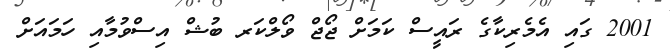
2001 ގައި އެމެރިކާގެ ރައީސް ކަމަށް ޖޯޖް ވޯލްކަރ ބުޝް އިސްވުމާއި ހަމައަށް